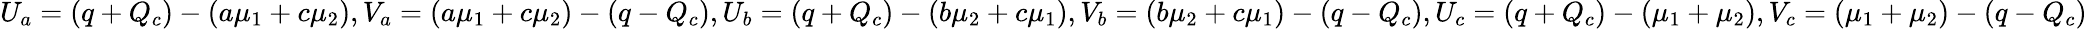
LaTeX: U_{a}=(q+Q_{c})-(a\mu_{1}+c\mu_{2}),V_{a}=(a\mu_{1}+c\mu_{2})-(q-Q_{c}),U_{b}=(q+Q_{c})-(b\mu_{2}+c\mu_{1}),V_{b}=(b\mu_{2}+c\mu_{1})-(q-Q_{c}),U_{c}=(q+Q_{c})-(\mu_{1}+\mu_{2}),V_{c}=(\mu_{1}+\mu_{2})-(q-Q_{c})